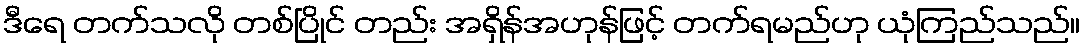
ဒီရေ တက်သလို တစ်ပြိုင် တည်း အရှိန်အဟုန်ဖြင့် တက်ရမည်ဟု ယုံကြည်သည်။